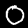
Label: 0